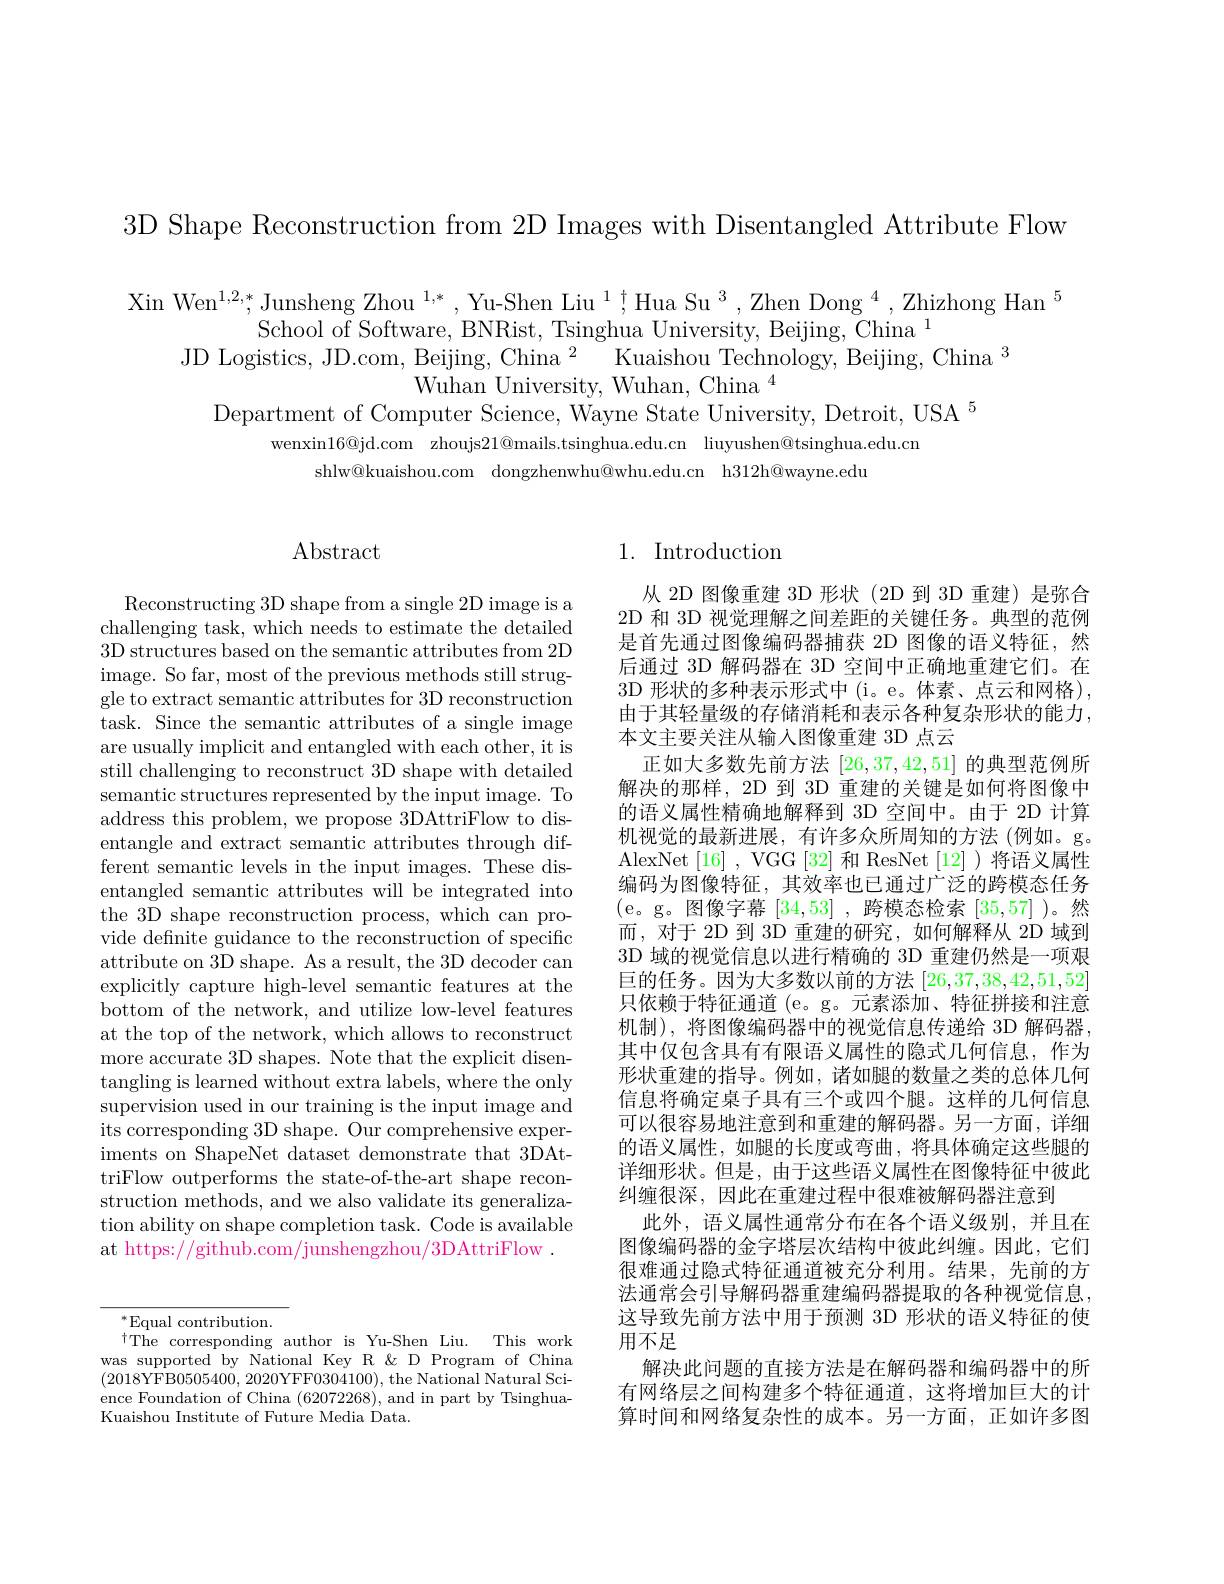
3D Shape Reconstruction from 2D Images with Disentangled Attribute Flow

Xin Wen$^1,2,*$Junsheng Zhou $^1,*,\text{Yu-Shen Liu}^1,\text{Hua Su}^3,\text{Zhen Dong}^4,\text{Zhizhong Han}^5$
School of Software, BNRist, Tsinghua University, Beijing, China $^{1}$
JD Logistics, JD.com, Beijing, China $^2$ Kuaishou Technology, Beijing, China $^3$
Wuhan University, Wuhan, China $^{4}$
Department of Computer Science, Wayne State University, Detroit, USA $^5$
wenxin$16@$jd.com zhoujs$21@$mails.tsinghua.edu.cn liuyushen@tsinghua.edu.cn
shlw@kuaishou.com dongzhenwhu@whu.edu.cn h312h@wayne.edu

$\operatorname{Abstract}$

Reconstructing 3D shape from a single 2D image is a challenging task, which needs to estimate the detailed 3D structures based on the semantic attributes from 2D image. So far, most of the previous methods still struggle to extract semantic attributes for 3D reconstruction task. Since the semantic attributes of a single image are usually implicit and entangled with each other, it is still challenging to reconstruct 3D shape with detailed semantic structures represented by the input image. To address this problem, we propose 3DAttriFlow to disentangle and extract semantic attributes through different semantic levels in the input images. These disentangled semantic attributes will be integrated into the 3D shape reconstruction process, which can provide definite guidance to the reconstruction of specific attribute on 3D shape. As a result, the 3D decoder can explicitly capture high-level semantic features at the bottom of the network, and utilize low-level features at the top of the network, which allows to reconstruct more accurate 3D shapes. Note that the explicit disentangling is learned without extra labels, where the only supervision used in our training is the input image and its corresponding 3D shape. Our comprehensive experiments on ShapeNet dataset demonstrate that 3DAttriFlow outperforms the state-of-the-art shape reconstruction methods, and we also validate its generalization ability on shape completion task. Code is available at https://github.com/junshengzhou/3DAttriFlow .

## 1. Introduction

从 2D 图像重建 3D 形状(2D 到 3D 重建) 是弥合2D 和 3D 视觉理解之间差距的关键任务。典型的范例是首先通过图像编码器捕获 2D 图像的语义特征，然后通过 3D 解码器在 3D 空间中正确地重建它们。在3D 形状的多种表示形式中(i。e。体素、点云和网格), 由于其轻量级的存储消耗和表示各种复杂形状的能力， 本文主要关注从输入图像重建 3D 点云
正如大多数先前方法[26,37,42,51]的典型范例所解决的那样，2D 到 3D 重建的关键是如何将图像中的语义属性精确地解释到 3D 空间中。由于 2D 计算机视觉的最新进展，有许多众所周知的方法(例如。g。AlexNet[16],VGG[32]和ResNet[12])将语义属性编码为图像特征，其效率也已通过广泛的跨模态任务(e。g。图像字幕[34,53] ,跨模态检索[35,57] )。然而，对于 2D 到 3D 重建的研究，如何解释从 2D 域到3D 域的视觉信息以进行精确的 3D 重建仍然是一项艰巨的任务。因为大多数以前的方法[26,37,38,42,51,52] 只依赖于特征通道 (e。g。元素添加、特征拼接和注意机制),将图像编码器中的视觉信息传递给 3D 解码器， 其中仅包含具有有限语义属性的隐式几何信息，作为形状重建的指导。例如，诸如腿的数量之类的总体几何信息将确定桌子具有三个或四个腿。这样的几何信息可以很容易地注意到和重建的解码器。另一方面，详细的语义属性，如腿的长度或弯曲，将具体确定这些腿的详细形状。但是，由于这些语义属性在图像特征中彼此纠缠很深，因此在重建过程中很难被解码器注意到
此外，语义属性通常分布在各个语义级别，并且在图像编码器的金字塔层次结构中彼此纠缠。因此，它们很难通过隐式特征通道被充分利用。结果，先前的方法通常会引导解码器重建编码器提取的各种视觉信息， 这导致先前方法中用于预测 3D 形状的语义特征的使用不足
解决此问题的直接方法是在解码器和编码器中的所有网络层之间构建多个特征通道，这将增加巨大的计算时间和网络复杂性的成本。另一方面，正如许多图

$^*$Equal contribution.
$^{\dagger}$The corresponding author is Yu-Shen Liu. This work was supported by National Key R &D Program of China (2018YFB0505400,2020YFF0304100),the National Natural Science Foundation of China (62072268), and in part by TsinghuaKuaishou Institute of Future Media Data.